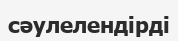
сәулелендірді